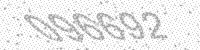
Solution: 096692